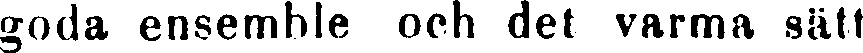
goda ensemble och det varma sätt